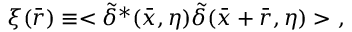
\xi ( \bar { r } ) \equiv < \tilde { \delta } ^ { * } ( \bar { x } , \eta ) \tilde { \delta } ( \bar { x } + \bar { r } , \eta ) > ~ ,